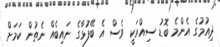
ދިއުމުގެ އެންމެ ބޮޑު ސިއްރަކީ ވެސް އެ ބޭފުޅާގެ ނައިބެއް ނެތުން ކަމަށް